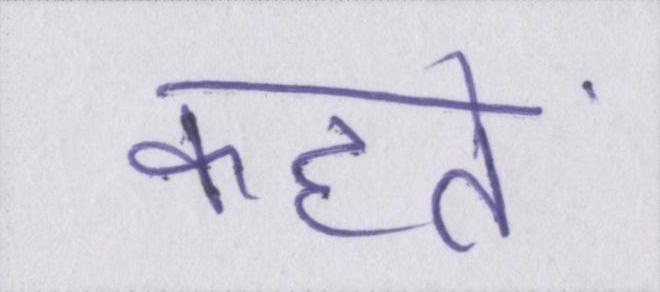
कहतें